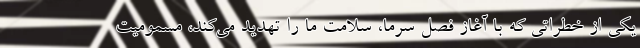
یکی از خطراتی که با آغاز فصل سرما، سلامت ما را تهدید می‌کند، مسمومیت